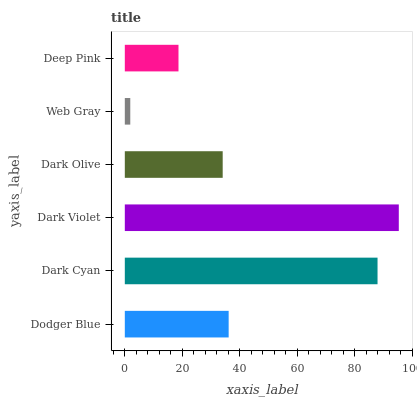
| yaxis_label | bars |
 | --- | --- |
 | Dodger Blue | 36.1 |
 | Dark Cyan | 87.9 |
 | Dark Violet | 95.3 |
 | Dark Olive | 34 |
 | Web Gray | 1.9 |
 | Deep Pink | 18.7 |